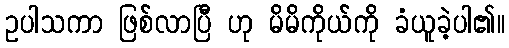
ဥပါသကာ ဖြစ်လာပြီ ဟု မိမိကိုယ်ကို ခံယူခဲ့ပါ၏။